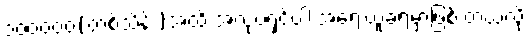
၁၀၀၀၀၀(တစ်သိန်း)အထိ အလုပ်ရှင်ပါ အရေးယူခံရမှာဖြစ် တယ်လို